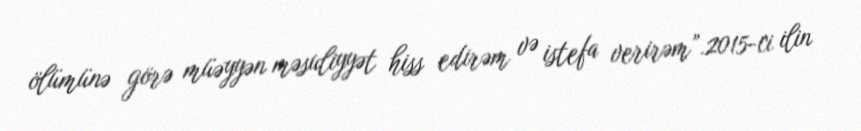
ölümünə görə müəyyən məsuliyyət hiss edirəm və istefa verirəm”.2015-ci ilin